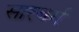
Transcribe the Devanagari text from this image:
सारबर्ग